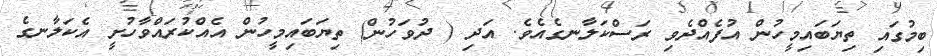
ބިމުގައި ތިޔަބައިމީހުން އުފެއްދެވި ރަސްކަލާނގެއެވެ. އަދި ( ދުވަހުން) ތިޔަބައިމީހުން އެއްކުރައްވާހުށީ އެކަލާނގެ